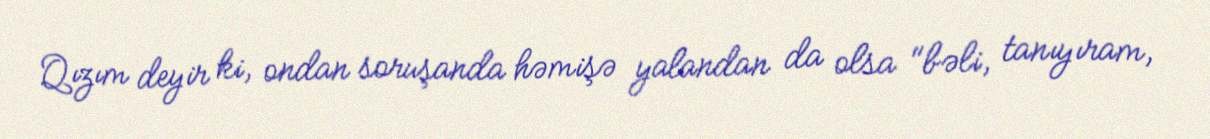
Qızım deyir ki, ondan soruşanda həmişə yalandan da olsa "bəli, tanıyıram,